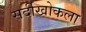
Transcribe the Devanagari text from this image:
सर्दीखोकला